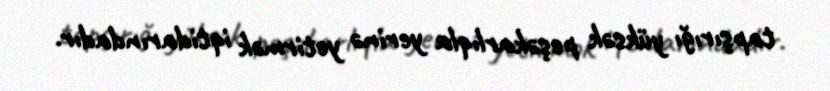
tapşırığı yüksək peşəkarlıqla yerinə yetirmək iqtidarındadır.